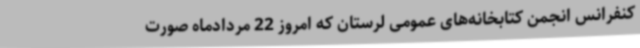
کنفرانس انجمن کتابخانه‌های عمومی لرستان که امروز 22 مردادماه صورت